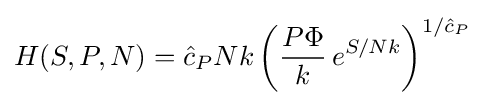
H(S,P,N)={\hat {c}}_{P}Nk\left({\frac {P\Phi }{k}}\,e^{S/Nk}\right)^{1/{\hat {c}}_{P}}